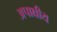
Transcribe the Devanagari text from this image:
अपाक्षीय